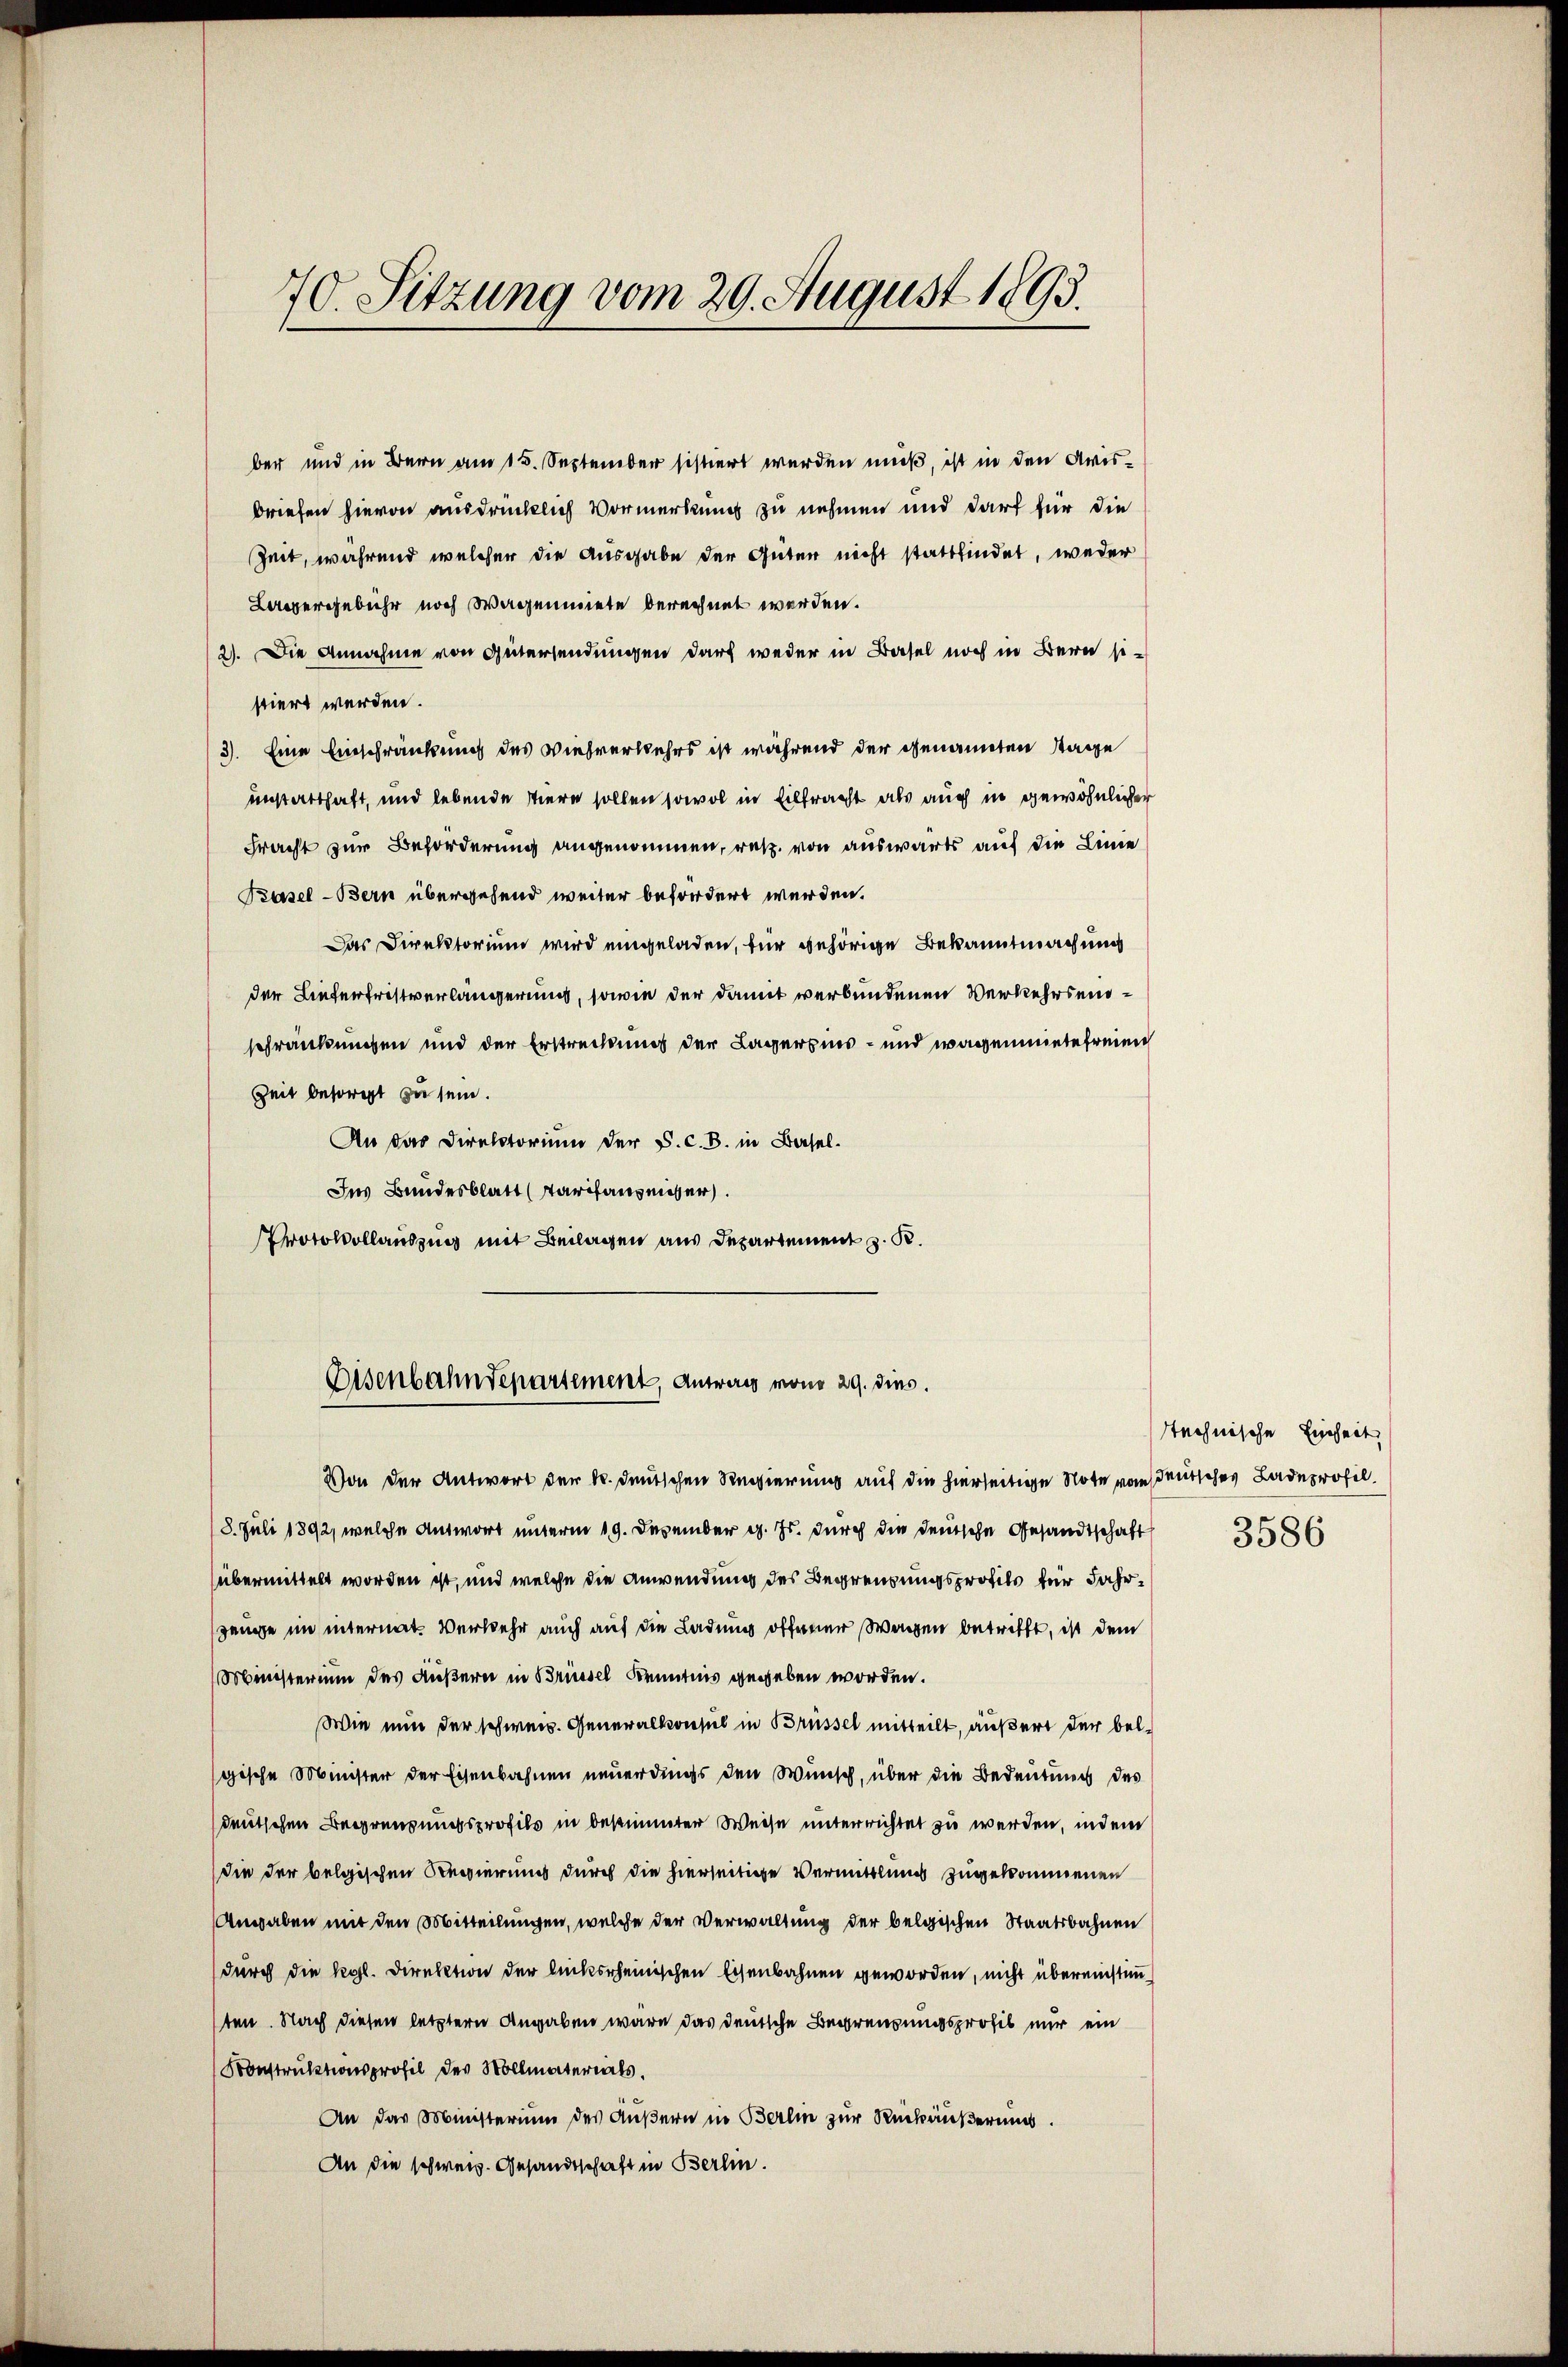
70. Sitzung vom 29. August 1893.

ber und in Bern am 15. September sistiert werden muß, ist in den Arisbriefen hievon ausdrücklich Vormerkung zu nehmen und darf für die
Zeit, während welcher die Ausgabe der Güter nicht stattfindet, weder
Lanergebühr noch Wagenmiete berechnet werden.
2). Die Annahme von Gütersendungen darf weder in Basel noch in Bern si
stiert werden.
3). Eine Einschränkung des Viehverkehrs ist während der genannten Tage
unstatthaft, und lebende Tiere sollen sowol in Eiltracht als auch in gewöhnlicher
Fracht zur Beförderung angenommen, rez. von auswärts auf die Linie
Basel-Bern übergehend weiter befordert werden.
Das Direktorium wird eingeladen, für gehörige Bekanntmachung
der Lieferfristverlängerung, sowie der damit verbundenen Verkehrseischränkungen und der Erstrechtung der Lagersins- und wegenmiete freien
Zeit besorgt zu sein.
An das Direktorium der S. c. B. in Basel.
Ins Bundesblatt (Tarifausmesser.
Protokollauszug mit Beilagen aus Departement z. R.
Eisenbahndepartement, Antrag von 29. dies.
Von der Antwort der k. deutschen Regierung auf die hierseitige Note von deutsches Ladeprofil.
(8. Juli 1892, welche Antwort unterm 19. Dezember d. Js. durch die deutsche Gesandtschaft
übermittelt worden ist, und welche die Anwendung des Begrenzungsprofils für Jahrgange im internat. Verkehr auch auf die Ladung offener Wagen betrifft, ist dem
Ministerium des Äußern in Brüssel Kenntnis gegeben worden.
Wie nun der schweiz. Generalkonsul in Brüssel mitteilt, äußert der belgische Minister der Eisenbahnen neuerdings den Wunsch, über die Bedeutung des
deutschen Begrenzungsprofils in bestimmter Weise unterrichtet zu werden, indem
die der belgischen Regierung durch die hierseitige Vermittlung zugekommenen
Angaben mit den Mitteilungen, welche der Verwaltung der belgischen Staatsbahnen
durch die Kgl. Direktion der linksrheinischen Eisenbahnen geworden, nicht übereinstimmten. Nach diesen letztern Angaben wäre das deutsche Begrenzungsprofis nur ein
Konstruktionsprofil des Vollmaterials,
An das Ministerium des Äußern in Berlin zur Rückäußerung.
An die schweiz. Gesandtschaft in Berlin.

stechnische Einheit,
3586